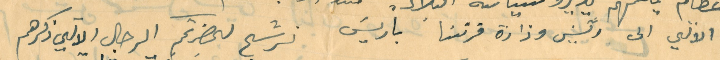
الالي الى رئيس وزارة فرنسَا باريسَ نرشح لحضرتكم الرجال الاتي ذكرهم